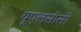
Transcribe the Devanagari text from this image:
यूएलसीसी